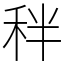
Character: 秚